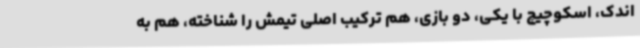
اندک، اسکوچیچ با یکی، دو بازی، هم ترکیب اصلی تیمش را شناخته، هم به